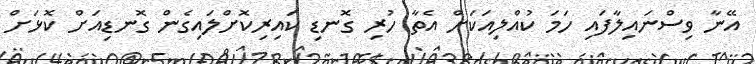
އޭނާ ވިސްނައިލާފައި ހަމަ ކުއްލިއަކަށް އެތާ ހުރި ގޮނޑި ކައިރިކޮށްލައިގެން ގޮނޑިއަށް ކޮޅަށް